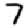
Digit: 7